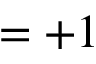
= + 1